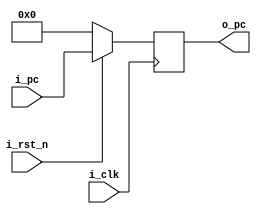
module pc(i_clk, i_rst_n, i_pc, o_pc);

input               i_clk, i_rst_n;
input       [29:0]  i_pc;
output  reg [29:0]  o_pc;

always @ (posedge i_clk) begin
    if (!i_rst_n)
        o_pc <= 0;
    else
        o_pc <= i_pc;
end
   
endmodule